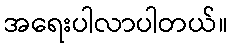
အရေးပါလာပါတယ်။